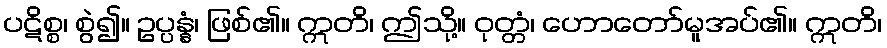
ပဋိစ္စ၊ စွဲ၍။ ဥပ္ပန္နံ၊ ဖြစ်၏။ ဣတိ၊ ဤသို့။ ဝုတ္တံ၊ ဟောတော်မူအပ်၏။ ဣတိ၊